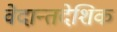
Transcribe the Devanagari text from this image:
वेदान्तदेशिक